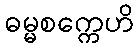
ဓမ္မစက္ကေဟိ